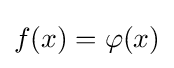
f(x)=\varphi (x)